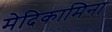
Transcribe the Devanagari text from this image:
मेदिकामिना